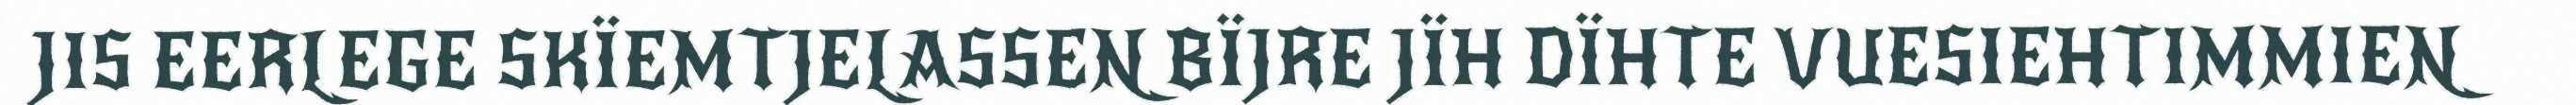
JIS EERLEGE SKÏEMTJELASSEN BÏJRE JÏH DÏHTE VUESIEHTIMMIEN